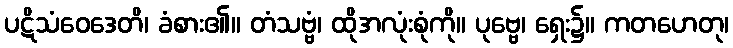
ပဋိသံဝေဒေတိ၊ ခံစား၏။ တံသဗ္ဗံ၊ ထိုအလုံးစုံကို။ ပုဗ္ဗေ၊ ရှေး၌။ ကတဟေတု၊